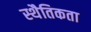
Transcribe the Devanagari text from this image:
स्थैतिकता